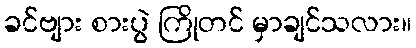
ခင်ဗျား စားပွဲ ကြိုတင် မှာချင်သလား။